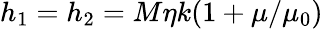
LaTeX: h_{1}=h_{2}=M\eta k(1+\mu/\mu_{0})